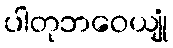
ပါတုဘဝေယျုံ